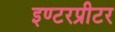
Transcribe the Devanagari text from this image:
इण्टरप्रीटर